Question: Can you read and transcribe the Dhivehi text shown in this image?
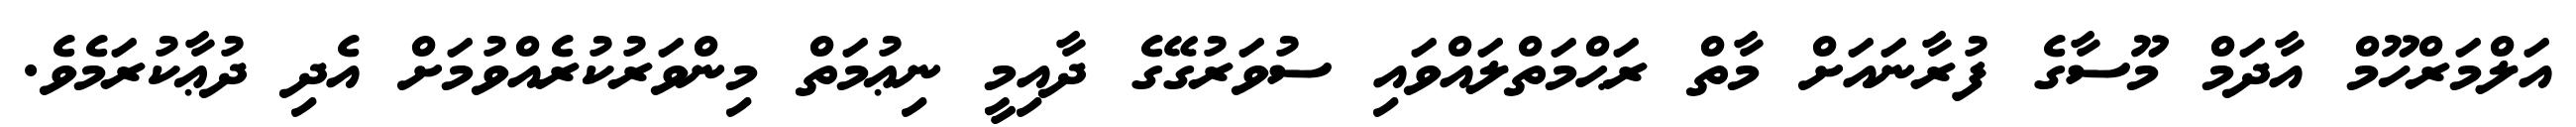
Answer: އަލްމަރްހޫމް އާދަމް މޫސާގެ ފުރާނައަށް މާތް ރަޙްމަތްލައްވައި ސުވަރުގޭގެ ދާއިމީ ނިޢުމަތް މިންވަރުކުރެއްވުމަށް އެދި ދުޢާކުރަމެވެ.